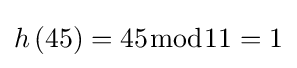
h\left(45\right)=45{\bmod {1}}1=1